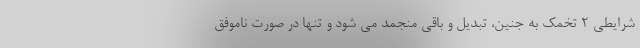
شرایطی ۲ تخمک به جنین، تبدیل و باقی منجمد می شود و تنها در صورت ناموفق